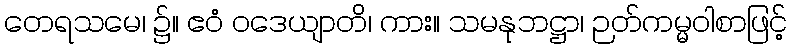
တေရသမေ၊ ၌။ ဧဝံ ဝဒေယျာတိ၊ ကား။ သမနုဘဋ္ဌာ၊ ဉတ်ကမ္မဝါစာဖြင့်